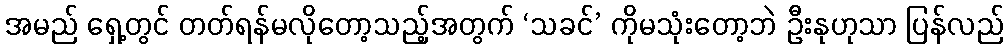
အမည် ရှေ့တွင် တတ်ရန်မလိုတော့သည့်အတွက် ‘သခင်’ ကိုမသုံးတော့ဘဲ ဦးနုဟုသာ ပြန်လည်